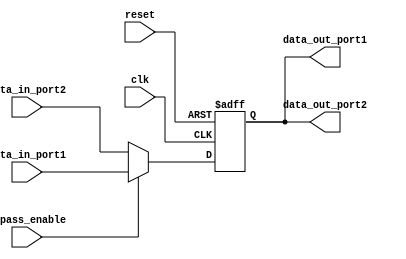
module dual_port_bypass_register (
    input wire clk,
    input wire reset,
    input wire [7:0] data_in_port1,
    input wire [7:0] data_in_port2,
    input wire bypass_enable,
    
    output reg [7:0] data_out_port1,
    output reg [7:0] data_out_port2
    );
    
    reg [7:0] register;
    
    always @(posedge clk or posedge reset) begin
        if (reset) begin
            register <= 8'b0;
        end else begin
            if (bypass_enable) begin
                register <= data_in_port1;
            end else begin
                register <= data_in_port2;
            end
        end
    end
    
    assign data_out_port1 = register;
    assign data_out_port2 = register;
    
endmodule